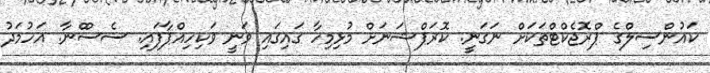
ކައުންސިލްގެ ޕްރޮޖެކްޓްތަކަށް ނަގަނީ. ކޮރަޕްޝަނަށް މުޅިމިހާ ގައިގައި ވަނީ ވަކިހިއްޕާފައި. ސެސްްނާ. އަހުމަދު